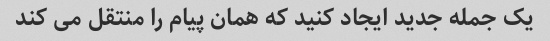
یک جمله جدید ایجاد کنید که همان پیام را منتقل می کند